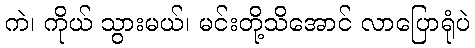
ကဲ၊ ကိုယ် သွားမယ်၊ မင်းတို့သိအောင် လာပြောရုံပဲ